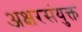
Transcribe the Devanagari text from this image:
अक्षरसंयुक्त